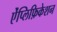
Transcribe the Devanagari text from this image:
ऐंप्लिफ़िकेशन